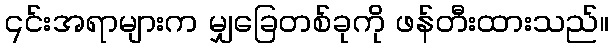
၎င်းအရာများက မျှခြေတစ်ခုကို ဖန်တီးထားသည်။